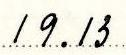
19.13